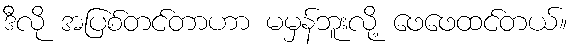
ဒီလို အပြစ်တင်တာဟာ မမှန်ဘူးလို့ ဖေဖေထင်တယ်။